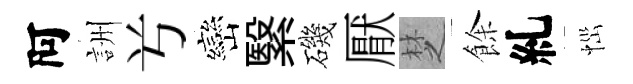
阿詶𠔃巒繄磯厭椘餘糺𢙉